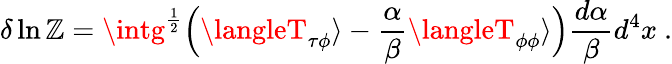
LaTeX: \delta\ln\mathbb{Z}=\intg^{\frac{{1}}{{2}}}\Bigl(\langleT_{\tau\phi}\rangle-{\frac{{\alpha}}{{\beta}}}\langleT_{\phi\phi}\rangle\Bigr){\frac{{d\alpha}}{{\beta}}}d^{4}x\space.